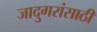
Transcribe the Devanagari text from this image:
जादुगरांसाठी